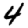
Digit: 4